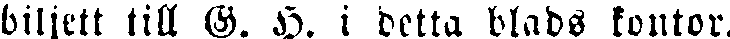
biljett till G. H. i detta blads kontor.